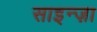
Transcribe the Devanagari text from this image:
साइन्ज़ा